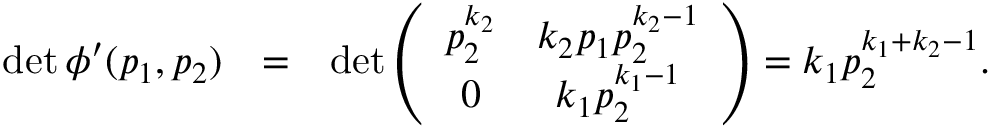
\begin{array} { r l r } { \operatorname* { d e t } \phi { ' } ( p _ { 1 } , p _ { 2 } ) } & { = } & { \operatorname* { d e t } \left( \begin{array} { c c } { p _ { 2 } ^ { k _ { 2 } } } & { k _ { 2 } p _ { 1 } p _ { 2 } ^ { k _ { 2 } - 1 } } \\ { 0 } & { k _ { 1 } p _ { 2 } ^ { k _ { 1 } - 1 } } \end{array} \right) = k _ { 1 } p _ { 2 } ^ { k _ { 1 } + k _ { 2 } - 1 } . } \end{array}